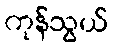
ကုန်သွယ်